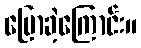
ပြောခဲ့ကြောင်း။